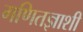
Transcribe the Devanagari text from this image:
गणितज्ञाशी